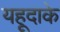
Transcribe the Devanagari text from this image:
यहूदाके